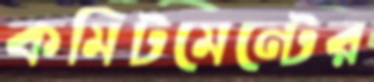
কমিটমেন্টের